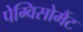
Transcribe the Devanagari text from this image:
पेग्विसोमैंट